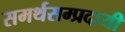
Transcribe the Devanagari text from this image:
समर्थसम्प्रदायी